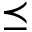
\preceq